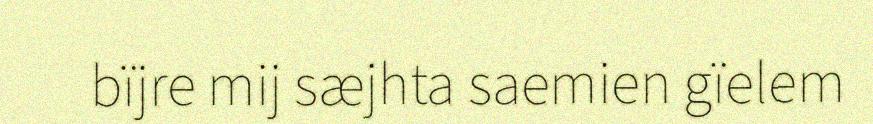
bïjre mij sæjhta saemien gïelem